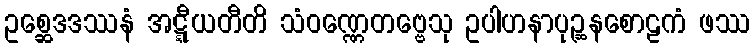
ဥစ္ဆေဒဒဿနံ အဋ္ဋီယတီတိ သံဝဏ္ဏေတဗ္ဗေသု ဥပါဟနာပုဉ္ဆနစောဠကံ ဖဿ